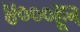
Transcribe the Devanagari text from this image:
४०००हून